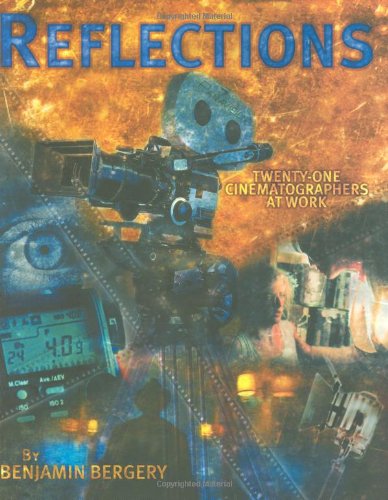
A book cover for Reflections: Twenty-One Cinematographers At Work; Benjamin Bergery; Arts & Photography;